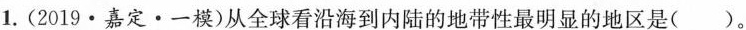
1.(2019·嘉定·一模)从全球看沿海到内陆的地带性最明显的地区是( )。